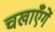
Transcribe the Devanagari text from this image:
चखाएँगें